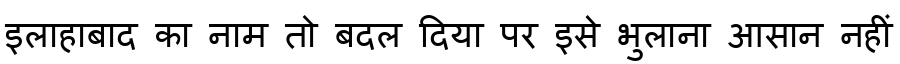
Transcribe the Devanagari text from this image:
इलाहाबाद का नाम तो बदल दिया पर इसे भुलाना आसान नहीं